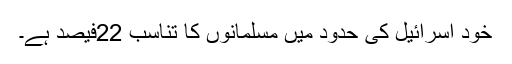
خود اسرائیل کی حدود میں مسلمانوں کا تناسب 22فیصد ہے۔